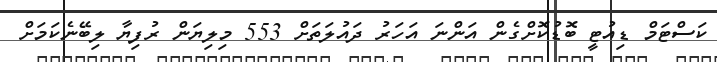
ކަސްޓަމް ޑިއުޓީ ބޮޑުކޮށްގެން އަންނަ އަހަރު ދައުލަތަށް 553 މިލިޔަން ރުފިޔާ ލިބޭނެކަމަށް